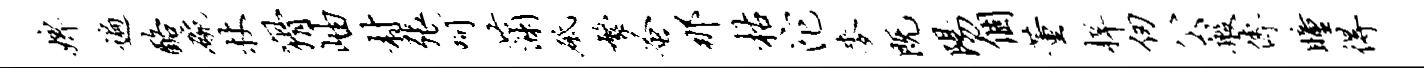
婢遍酪碗杖猾岫村张呵蒲砥繁蚤那枯沱麦既阳个董梓仞公般传瞳得